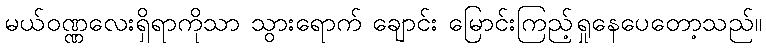
မယ်ဝဏ္ဏလေးရှိရာကိုသာ သွားရောက် ချောင်း မြောင်းကြည့်ရှုနေပေတော့သည်။